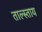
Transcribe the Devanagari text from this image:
ताल्स्ताय